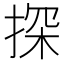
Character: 探